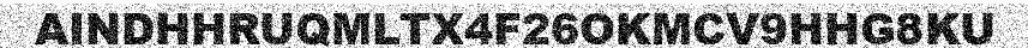
AINDHHRUQMLTX4F26OKMCV9HHG8KU